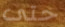
حتى